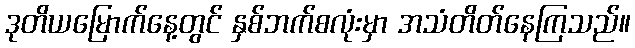
ဒုတိယမြောက်နေ့တွင် နှစ်ဘက်စလုံးမှာ အသံတိတ်နေကြသည်။